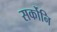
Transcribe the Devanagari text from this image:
सर्कोनि